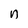
Character: n